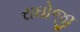
રાઘોજી